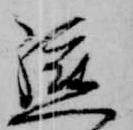
軈